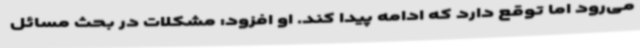
می‌رود اما توقع دارد که ادامه پیدا کند. او افزود: مشکلات در بحث مسائل